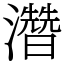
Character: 濳